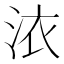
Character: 㳖